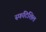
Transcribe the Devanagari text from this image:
स्फटिशिल